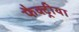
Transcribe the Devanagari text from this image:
फैक्ट्रीया